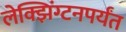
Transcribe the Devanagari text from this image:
लेक्झिंग्टनपर्यंत